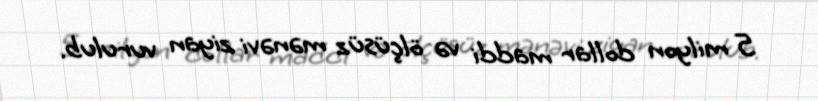
5 milyon dollar maddi və ölçüsüz mənəvi ziyan vurulub.